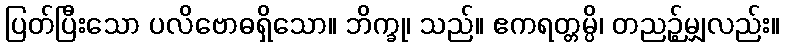
ပြတ်ပြီးသော ပလိဗောဓရှိသော။ ဘိက္ခု၊ သည်။ ဧကရတ္တမ္ပိ၊ တညဉ့်မျှလည်း။